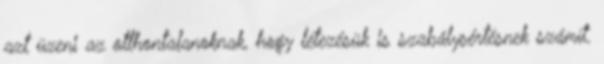
azt üzeni az otthontalanoknak, hogy létezésük is szabálysértésnek számít.